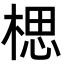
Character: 楒